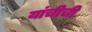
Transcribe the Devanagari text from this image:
यांचीची